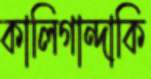
কালিগান্দাকি